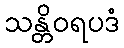
သန္တိဝရပဒံ